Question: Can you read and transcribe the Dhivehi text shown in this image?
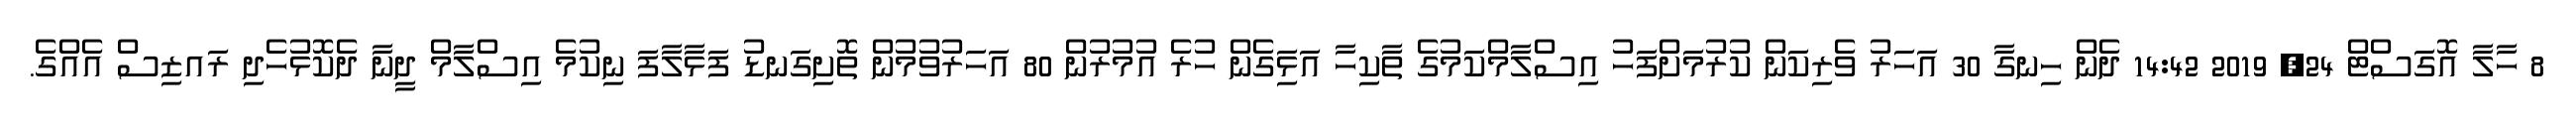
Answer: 8 ހާލާ އޮގަސްޓް 24, 2019 14:42 ދެން ހިނގާ 30 އަހަރު ވެރިކަން ކުރުމަށްފަހު އިސްލާމްކަމުގެ ތާކިހާ އަޅަިގެން ހުރެ އުމުރުން 80 އަހަރުވުމުން ތޮށިގަނޑު ފަޅާލާފަ ނިކުމެ އިސްލާމް ދީނާ ދެކޮޅުހެދި ރައޒިސް އެއްގެ.